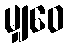
မျှဝေ